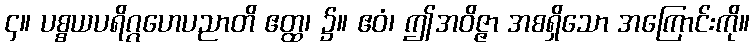
၄။ ပစ္စယပရိဂ္ဂဟေပညာတိ ဧတ္ထ၊ ၌။ ဧဝံ၊ ဤအဝိဇ္ဇာ အစရှိသော အကြောင်းကို။